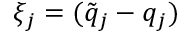
\xi _ { j } = ( \tilde { q } _ { j } - q _ { j } )